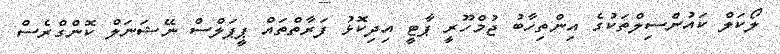
ލޯކަލް ކައުންސިލްތަކުގެ އިންތިހާބު ޖުމްހޫރީ ޕާޓީ އިދިކޮޅު ފަރާތްތައް ޕީޕަލްސް ނޭޝަނަލް ކޮންގްރެސް